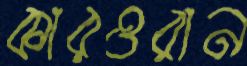
কারওরান